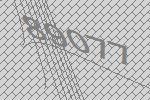
89077